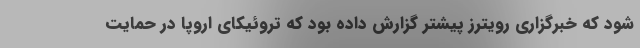
شود که خبرگزاری رویترز پیشتر گزارش داده بود که تروئیکای اروپا در حمایت